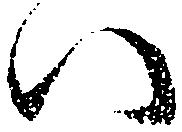
い